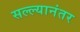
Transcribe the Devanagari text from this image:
सल्ल्यानंतर